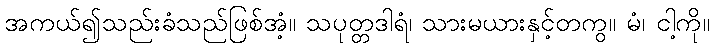
အကယ်၍သည်းခံသည်ဖြစ်အံ့။ သပုတ္တဒါရံ၊ သားမယားနှင့်တကွ။ မံ၊ ငါ့ကို။